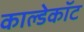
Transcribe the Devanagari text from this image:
काल्डेकॉट